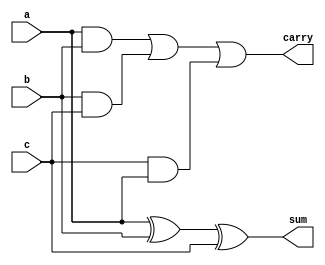
`timescale 1ns / 1ps
//////////////////////////////////////////////////////////////////////////////////
// Company: 
// Engineer: 
// 
// Design Name: 
// Module Name:    full_adder 
// Project Name: 
// Target Devices: 
// Tool versions: 
// Description: 
//
// Dependencies: 
//
// Revision: 
// Revision 0.01 - File Created
// Additional Comments: 
//
//////////////////////////////////////////////////////////////////////////////////
module full_adder(a, b, c, sum, carry);
input a, b, c;
output sum, carry;
wire sum, carry;

assign sum = a^b^c;
assign carry = ((a&b)|(b&c)|(c&a));

endmodule